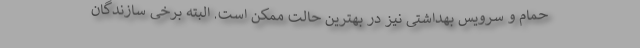
حمام و سرویس بهداشتی نیز در بهترین حالت ممکن است. البته برخی سازندگان